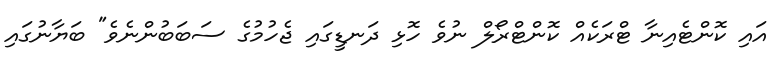
އައި ކޮންޓެއިނާ ޓްރަކެއް ކޮންޓްރޯލް ނުވެ ހޮޅި ދަނޑީގައި ޖެހުމުގެ ސަބަބުންނެވެ" ބަޔާނުގައި